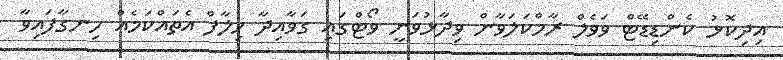
އިދިކޮޅު ކެންޑިޑޭޓް ވަވެލް ރާމްކަލަވާން ވިދާޅުވަނީ ވޯޓްގައި ގަވާއިދާ ޚިލާފް އެތައްކަމެއް ހިނގާފައިވާ